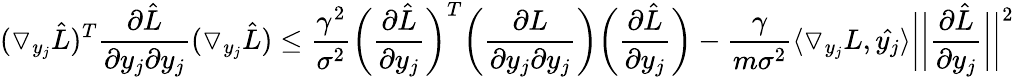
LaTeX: (\triangledown_{y_{j}}{\hat{L}})^{T}{\frac{\partial{\hat{L}}}{\partial y_{j}\partial y_{j}}}(\triangledown_{y_{j}}{\hat{L}})\leq{\frac{\gamma^{2}}{\sigma^{2}}}{\bigg(}{\frac{\partial{\hat{L}}}{\partial y_{j}}}{\bigg)}^{T}{\bigg(}{\frac{\partial L}{\partial y_{j}\partial y_{j}}}{\bigg)}{\bigg(}{\frac{\partial{\hat{L}}}{\partial y_{j}}}{\bigg)}-{\frac{\gamma}{m\sigma^{2}}}\langle\triangledown_{y_{j}}L,{\hat{y_{j}}}\rangle{\bigg|}{\bigg|}{\frac{\partial{\hat{L}}}{\partial y_{j}}}{\bigg|}{\bigg|}^{2}